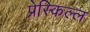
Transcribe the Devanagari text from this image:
प्रेस्किल्ल